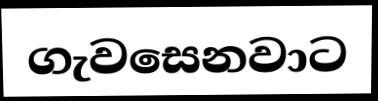
ගැවසෙනවාට